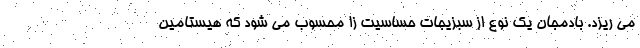
می ریزد. بادمجان یک نوع از سبزیجات حساسیت زا محسوب می شود که هیستامین